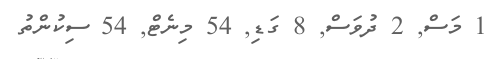
1 މަސް